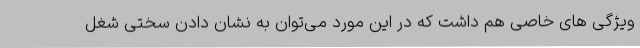
ویژگی های خاصی هم داشت که در این مورد می‌توان به نشان دادن سختی شغل